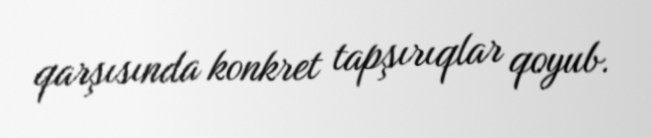
qarşısında konkret tapşırıqlar qoyub.